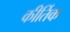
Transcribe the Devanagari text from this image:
कीर्तिक